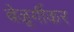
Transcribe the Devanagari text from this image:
बेळूर्गीकर